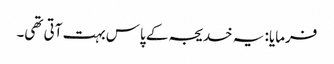
فرمایا: یہ خدیجہ کے پاس بہت آتی تھی۔